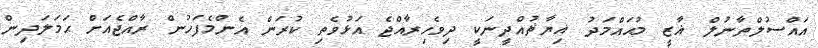
އައްސުލްޠާނުލް ޣާޒީ މުޙައްމަދު ޣިޔާޘުއްދީނަކީ ދިވެހިރާއްޖެ އަޅުވެތި ކުރަން އެންމެފަހުން ރާއްޖެއަށް ޙަމަލަދިން